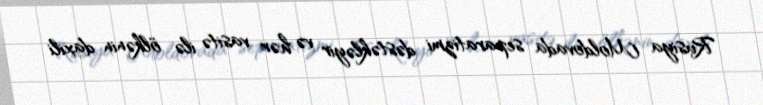
Rusiya Moldovada separatizmi dəstəkləyir və hər vasitə ilə ölkənin daxili